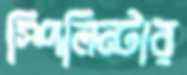
স্পিলিন্টার